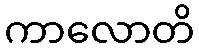
ကာလောတိ